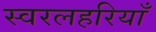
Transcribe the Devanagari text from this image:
स्वरलहरियाँ